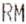
RM